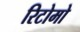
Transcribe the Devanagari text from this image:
रिटोमो